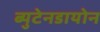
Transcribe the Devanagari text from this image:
ब्युटेनडायोन